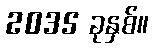
2035 ခုနှစ်။